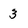
Character: 3